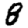
Digit: 8